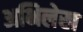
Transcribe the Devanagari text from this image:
अभिलेख